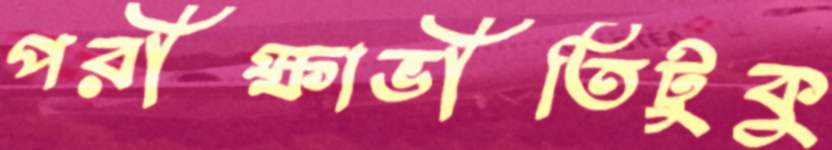
পরীক্ষাভীতিটুকু